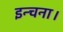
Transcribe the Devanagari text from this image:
इन्चना।